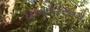
ધબકારાના